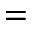
=